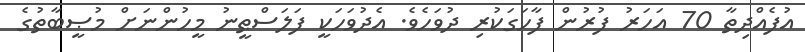
އުފެއްދިތާ 70 އަހަރު ފުރުން ފާހަގަކުރި ދުވަހެވެ. އެދުވަހަކީ ފަލަސްޠީނު މީހުންނަށް މުޞީބާތުގެ